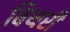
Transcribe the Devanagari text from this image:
बिथरी